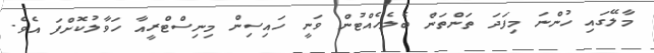
މާލޭގައި ހުންނަ މިފަދަ ތަންތަން ބެލެހެއްޓުން ވަނީ ހައިސިން މިނިސްޓްރީއާ ހަވާލުކޮށްފަ އެވެ.